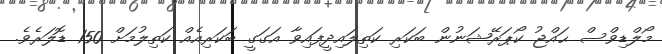
މޯލްޑިވްސް ޙައްޖު ކޯޕަރޭޝަނުން ބަކަރި ކަތިލައިދީފައިވާ އަގަގީ ބަކަރިއެއް ކަތިލުމަށް 150 ޑޮލަރެވެ.